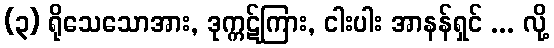
(၃) ရိုသေသောအား, ဒုက္ကဋ်ကြား, ငါးပါး အာနန်ရှင် ... လို့